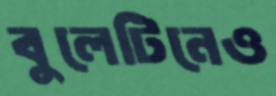
বুলেটিনেও